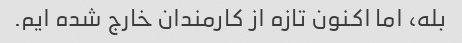
بله، اما اکنون تازه از کارمندان خارج شده ایم.